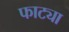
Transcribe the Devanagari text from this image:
फाट्या